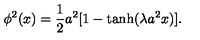
\phi ^ { 2 } ( x ) = \frac { 1 } { 2 } a ^ { 2 } [ 1 - \tanh ( \lambda a ^ { 2 } x ) ] .